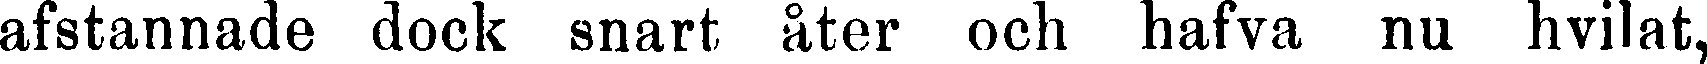
afstannade dock snart åter och hafva nu hvilat,